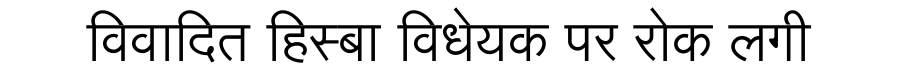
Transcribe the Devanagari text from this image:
विवादित हिस्बा विधेयक पर रोक लगी